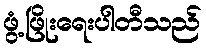
ဖွံ့ဖြိုးရေးပါတီသည်